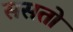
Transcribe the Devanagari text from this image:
ससतो